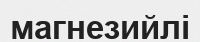
магнезийлі